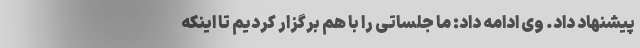
پیشنهاد داد. وی ادامه داد: ما جلساتی را با هم برگزار کردیم تا اینکه